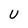
Character: U